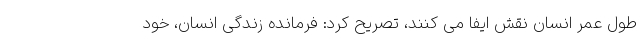
طول عمر انسان نقش ایفا می کنند، تصریح کرد: فرمانده زندگی انسان، خود